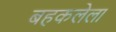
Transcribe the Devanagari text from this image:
बहकलेला